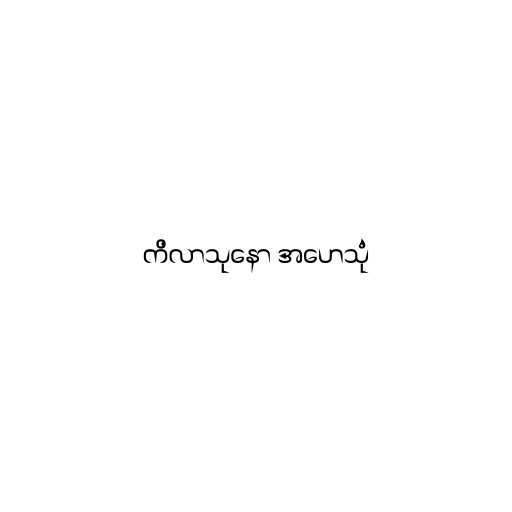
ကိလာသုနော အဟေသုံ